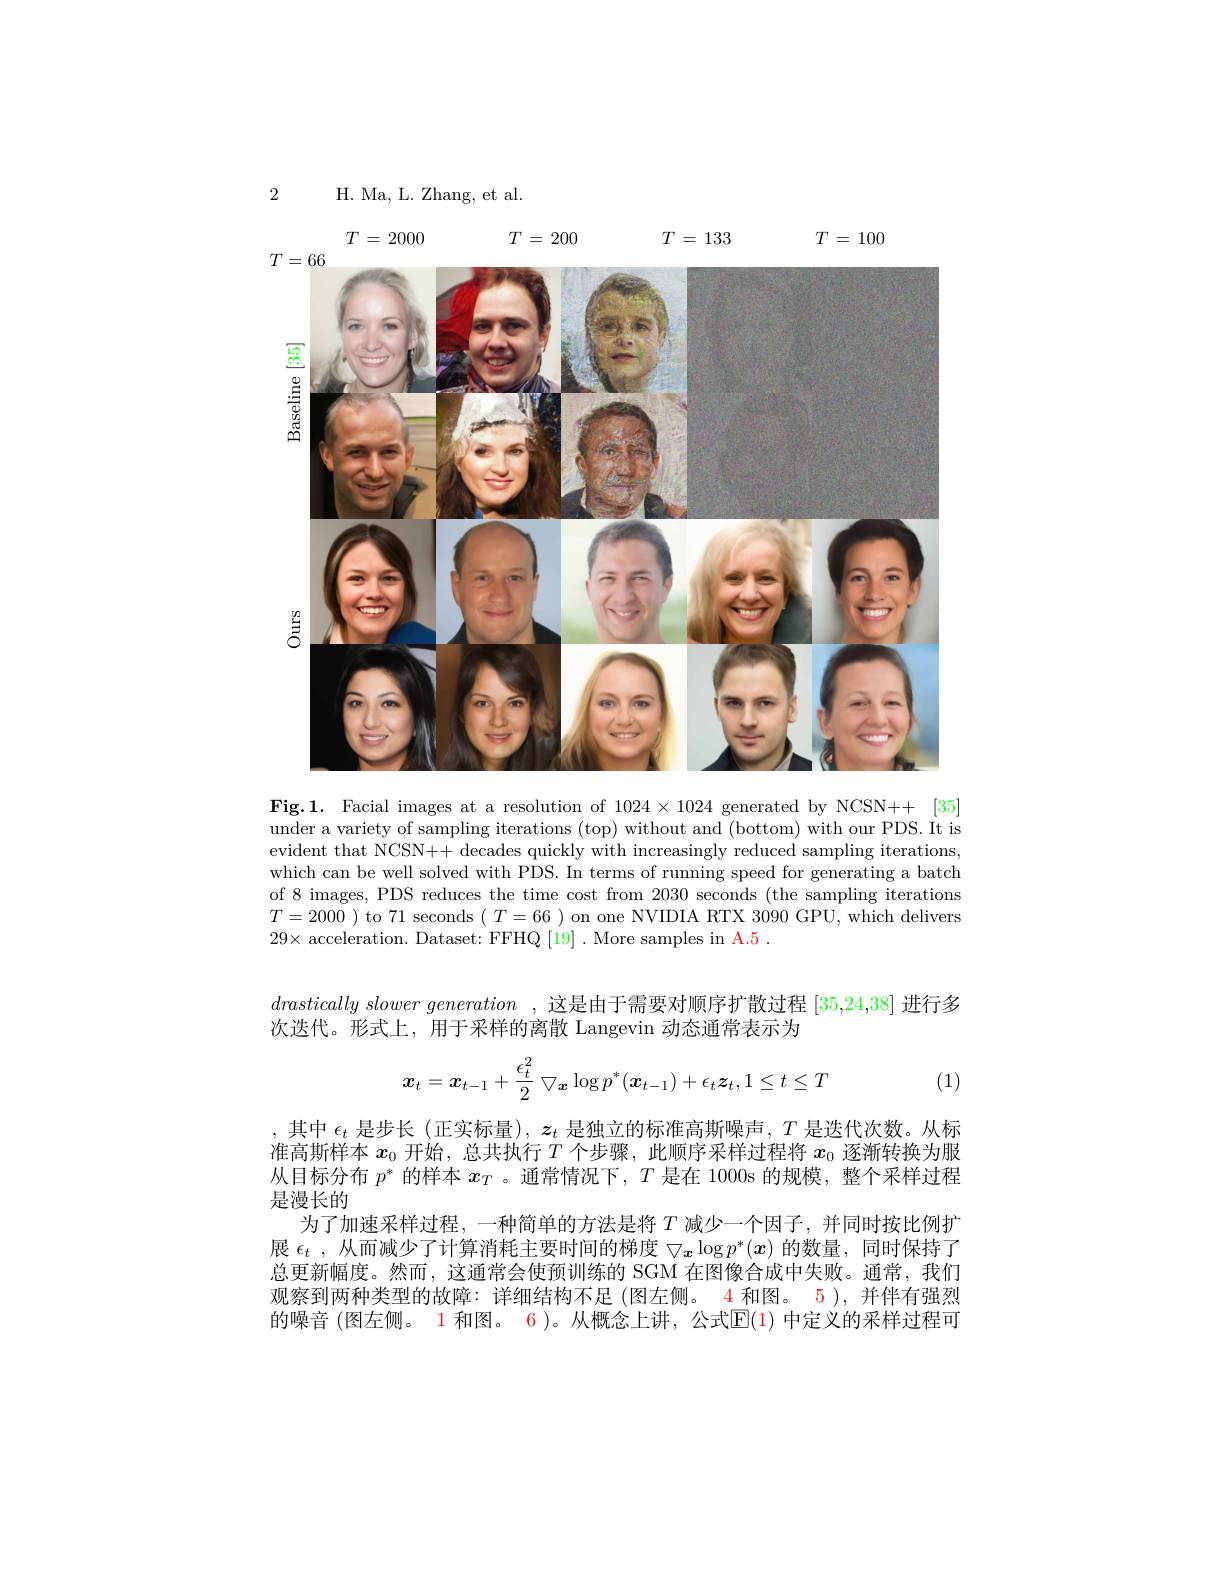
2

H. Ma, L. Zhang, et al.

$T=100$

$T=2000$ $T=200$ $T=133$
<FigureHere>

Fig.1. Facial images at a resolution of $1024\times1024$ generated by NCSN++ [35] under a variety of sampling iterations (top) without and (bottom) with our PDS. It is evident that NCSN++ decades quickly with increasingly reduced sampling iterations, which can be well solved with PDS. In terms of running speed for generating a batch of 8 images, PDS reduces the time cost from 2030 seconds (the sampling iterations $T=2000$ ) to 71 seconds $(\begin{array}{cc}T=66&\end{array})$on one NVIDIA RTX 3090 GPU, which delivers $29\times$ acceleration. Dataset: FFHQ [19]. More samples in A.5.

$drastically\textit{ slower generation , 这 是 由 于 需 要 对 顺 序 扩 散 过 程 }[ 35, 24, 38]$进行多
次迭代。形式上，用于采样的离散 Langevin 动态通常表示为
$$\boldsymbol{x}_t=\boldsymbol{x}_{t-1}+\frac{\epsilon_t^2}{2}\bigtriangledown_{\boldsymbol{x}}\log p^*(\boldsymbol{x}_{t-1})+\epsilon_t\boldsymbol{z}_t,1\leq t\leq T$$
(1)

其中$\epsilon_t$是步长 (正实标量), $z_t$是独立的标准高斯噪声，$T$是迭代次数。从标准高斯样本$x_0$开始，总共执行$T$个步骤，此顺序采样过程将$x_0$逐渐转换为服从目标分布$p^*$的样本$x_T$ 。通常情况下，$T$是在 1000s 的规模，整个采样过程是漫长的
为了加速采样过程，一种简单的方法是将$T$减少一个因子，并同时按比例扩展$\epsilon_t$ ,从而减少了计算消耗主要时间的梯度$\bigtriangledown_{x}\log p^*(x)$的数量，同时保持了总更新幅度。然而，这通常会使预训练的 SGM 在图像合成中失败。通常，我们观察到两种类型的故障：详细结构不足(图左侧。4 和图。5 ),并伴有强烈的噪音 (图左侧。1 和图。6)。从概念上讲，公式$\mathbb{E}(1)$ 中定义的采样过程可